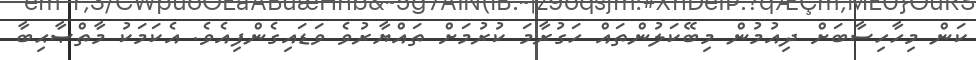
ކަން މިހާހިސާބަށް ދިއުމުން މިބޭކަލުންތައް ހަގުރާމަ ކުރުމަށް ތައްޔާރުވެ ވަޑައިގެންފިއެވެ. އެކަމަކު މާތްޞާޙިބާ